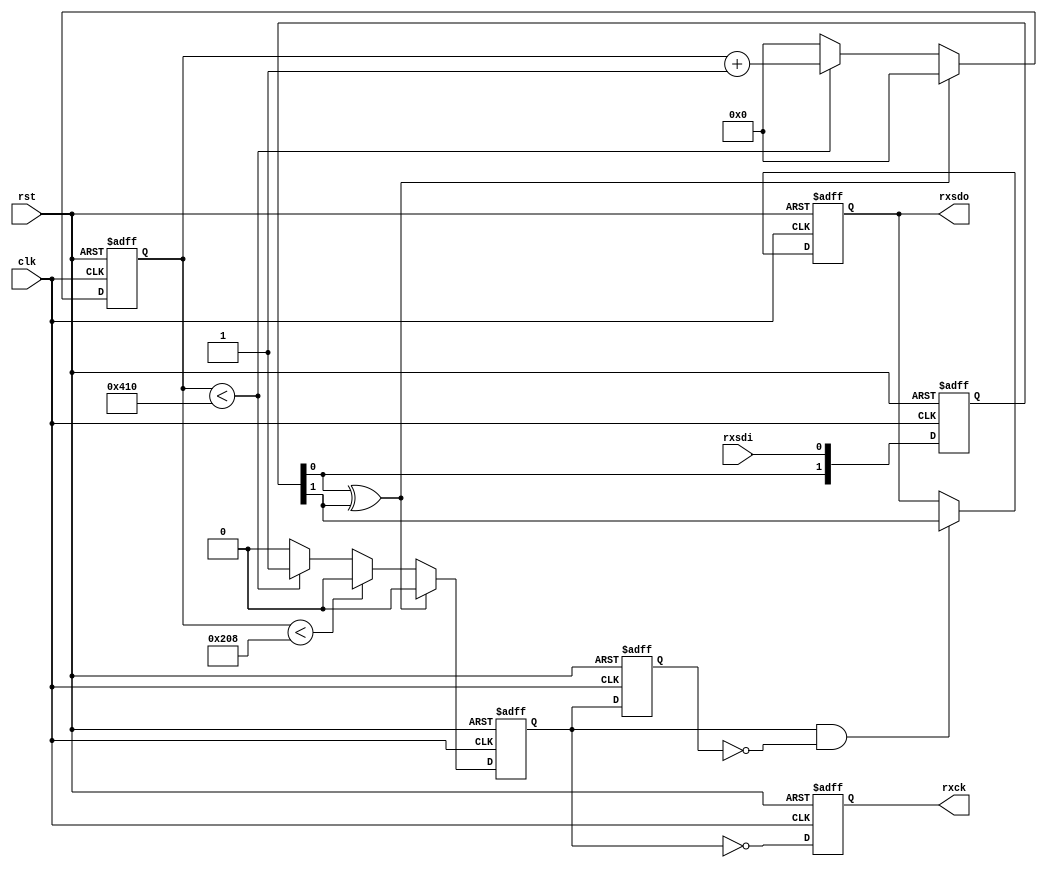
module rx232_clk_debug2(
    input clk,
    input rst,
    input rxsdi,
    output reg rxck,
    output reg rxsdo
    );
    
    //delaying rxsdi
    reg [1:0] rxsdi_d;
    wire rxsdi_rf;
    
    always@(posedge clk or negedge rst) begin
        if(!rst) begin
            rxsdi_d <= 2'b11;
        end
        else begin
            rxsdi_d <= {rxsdi_d[0], rxsdi};
        end
    end
    assign rxsdi_rf = rxsdi_d[0] ^ rxsdi_d[1];
    
    //data count
    reg [10:0] dcnt;
    
    always@(posedge clk or negedge rst) begin
        if(!rst) begin
            dcnt <= 11'h7ff;
        end
        else begin
            if(rxsdi_rf == 1) begin
                dcnt <= 0;
            end
            else begin
                if(dcnt < 1040) begin
                    dcnt <= dcnt + 1;
                end
                else begin
                    dcnt <= 0; 
                end
            end
        end
    end
    
    //rxck_before
    reg rxck_b;
    
    always@(posedge clk or negedge rst) begin
        if(!rst) begin
            rxck_b <= 0;
        end
        else begin
            if(rxsdi_rf == 1) begin
                rxck_b <= 0;
            end
            else begin
                if(dcnt < 520) begin
                    rxck_b <= 0;
                end
                else begin
                    if(dcnt < 1040) begin
                        rxck_b <= 1;
                    end
                    else begin
                        rxck_b <= 0;
                    end
                end
            end
        end
    end
    
    //rxck
    reg rxck_d;
    wire rxck_r;
    
    always@(posedge clk or negedge rst) begin
        if(!rst) begin
            rxck <= 0;
            rxck_d <= 0;
        end
        else begin
            rxck <= ~rxck_b;
            rxck_d <= rxck_b;
        end
    end
    assign rxck_r = rxck_b & ~rxck_d;
    
    //rxsdo
    
    always@(posedge clk or negedge rst) begin
        if(!rst) begin
            rxsdo <= 1;
        end
        else begin
            if(rxck_r == 1) begin
                rxsdo <= rxsdi_d[1];
            end
            else begin
                rxsdo <= rxsdo;
            end
        end
    end
endmodule